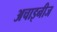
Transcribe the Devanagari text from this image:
अचाइनीज